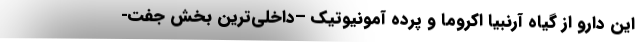
این دارو از گیاه آرنبیا اکروما و پرده آمونیوتیک –داخلی‌ترین بخش جفت-